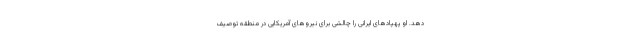
دهد. او پهپادهای ایرانی را چالشی برای نیروهای آمریکایی در منطقه توصیف